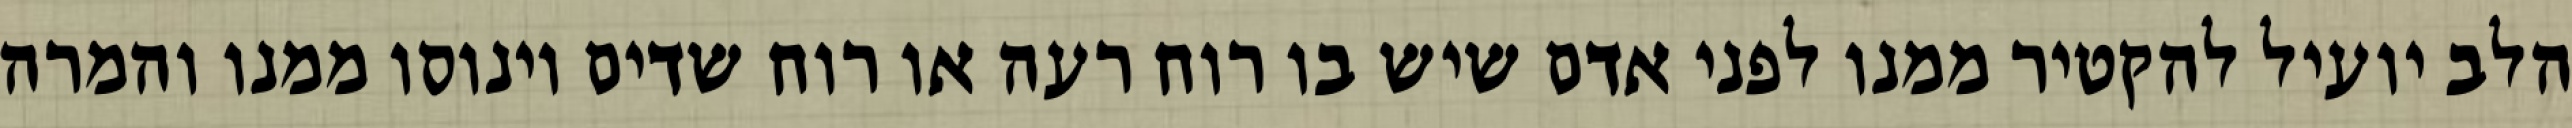
הלב יועיל להקטיר ממנו לפני אדם שיש בו רוח רעה או רוח שדים וינוסו ממנו והמרה